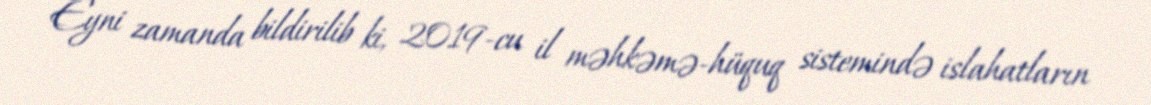
Eyni zamanda bildirilib ki, 2019-cu il məhkəmə-hüquq sistemində islahatların